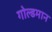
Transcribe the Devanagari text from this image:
गोल्डमान